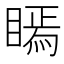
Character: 𭿖